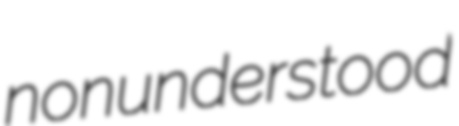
nonunderstood